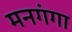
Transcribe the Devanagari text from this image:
मनगंगा